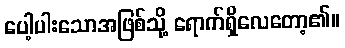
ပေါ့ပါးသောအဖြစ်သို့ ရောက်ရှိလေတော့၏။